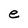
Character: e